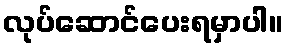
လုပ်ဆောင်ပေးရမှာပါ။